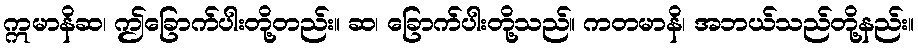
ဣမာနိဆ၊ ဤခြောက်ပါးတို့တည်း။ ဆ၊ ခြောက်ပါးတို့သည်။ ကတမာနိ၊ အဘယ်သည်တို့နည်း။